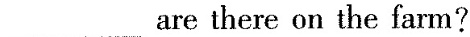
___are there on the farm?